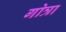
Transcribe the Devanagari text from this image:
गोत्रा